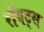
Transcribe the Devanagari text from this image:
रॉयट्स